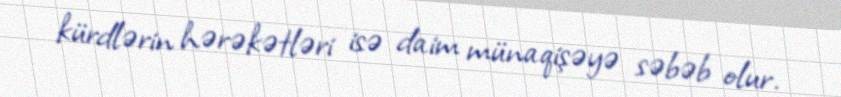
kürdlərin hərəkətləri isə daim münaqişəyə səbəb olur.